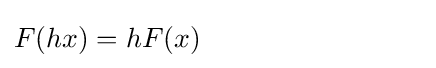
F(hx)=hF(x)\qquad \qquad \qquad \qquad